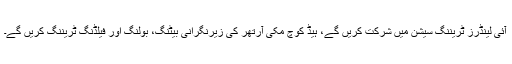
آئی لینڈرز ٹریننگ سیشن میں شرکت کریں گے، ہیڈ کوچ مکی آرتھر کی زیرنگرانی بیٹنگ، بولنگ اور فیلڈنگ ٹریننگ کریں گے۔